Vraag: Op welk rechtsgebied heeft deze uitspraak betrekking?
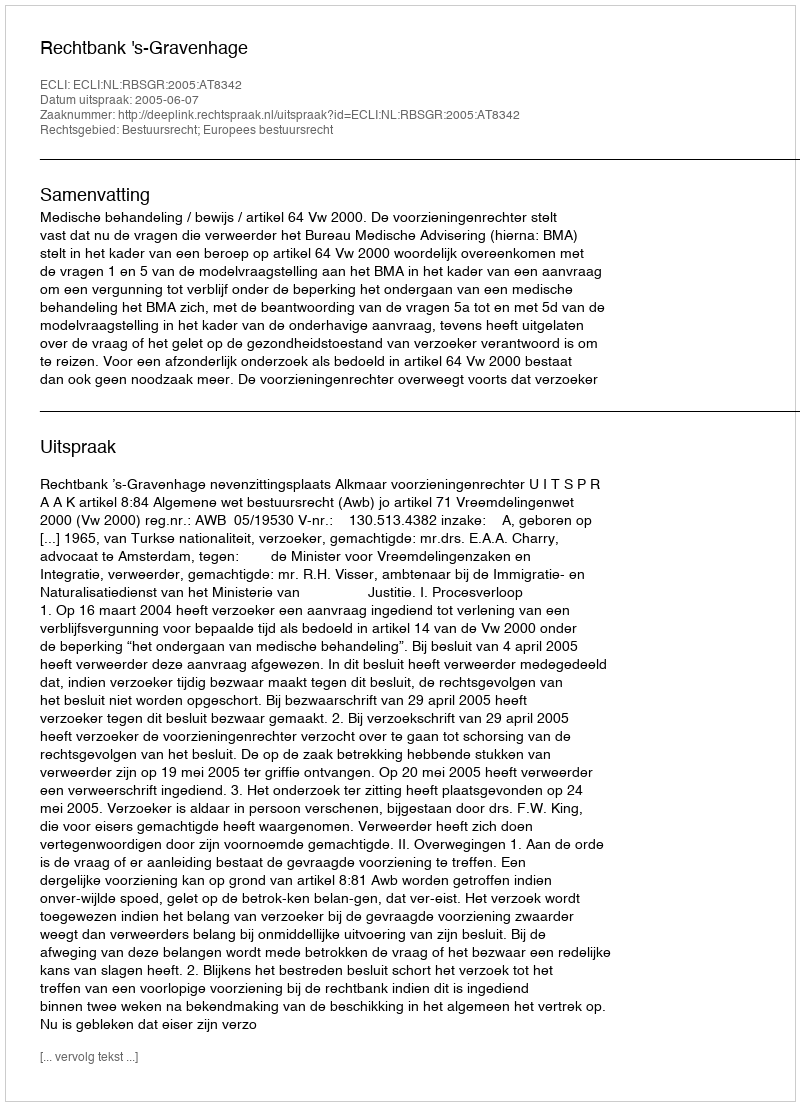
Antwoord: Bestuursrecht; Europees bestuursrecht